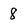
Character: 8